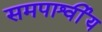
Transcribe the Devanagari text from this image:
समपार्श्वीय